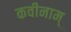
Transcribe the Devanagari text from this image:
कवीनाम्